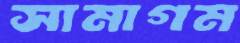
সামাগম